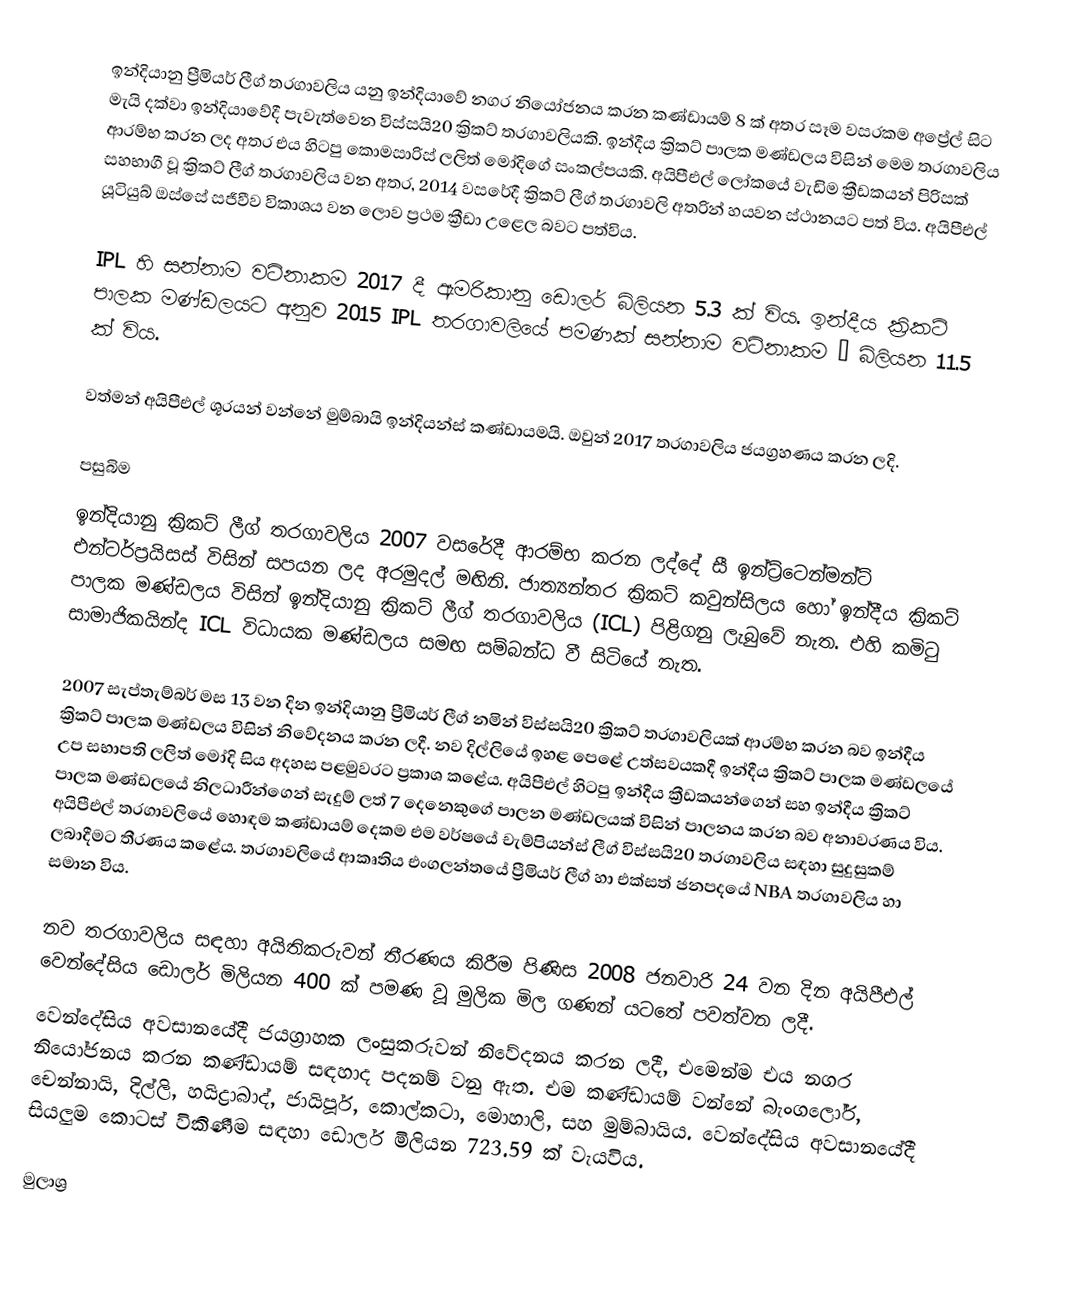
ඉන්දියානු ප්‍රීමියර් ලීග් තරගාවලිය යනු ඉන්දියාවේ නගර නියෝජනය කරන කණ්ඩායම් 8 ක් අතර සෑම වසරකම අප්‍රේල් සිට මැයි දක්වා ඉන්දියාවේදී පැවැත්වෙන විස්සයි20 ක්‍රිකට් තරගාවලියකි. ඉන්දීය ක්‍රිකට් පාලක මණ්ඩලය විසින් මෙම තරගාවලිය ආරම්භ කරන ලද අතර එය හිටපු කොමසාරිස් ලලිත් මෝදිගේ සංකල්පයකි. අයිපීඑල් ලෝකයේ වැඩිම ක්‍රීඩකයන් පිරිසක් සහභාගී වූ ක්‍රිකට් ලීග් තරගාවලිය වන අතර, 2014 වසරේදී ක්‍රිකට් ලීග් තරගාවලි අතරින් හයවන ස්ථානයට පත් විය. අයිපීඑල් යූටියුබ් ඔස්සේ සජීවීව විකාශය වන ලොව ප්‍රථම ක්‍රීඩා උළෙල බවට පත්විය.

IPL හි සන්නාම වටිනාකම 2017 දී ඇමරිකානු ඩොලර් බිලියන 5.3 ක් විය. ඉන්දීය ක්‍රිකට් පාලක මණ්ඩලයට අනුව 2015 IPL තරගාවලියේ පමණක් සන්නාම වටිනාකම ₹ බිලියන 11.5 ක් විය.

වත්මන් අයිපීඑල් ශූරයන් වන්නේ මුම්බායි ඉන්දියන්ස් කණ්ඩායමයි. ඔවුන් 2017 තරගාවලිය ජයග්‍රහණය කරන ලදි.

පසුබිම
ඉන්දියානු ක්‍රිකට් ලීග් තරගාවලිය 2007 වසරේදී ආරම්භ කරන ලද්දේ සී ඉන්ට්‍ර්ටෙන්මන්ට් එන්ටර්ප්‍රයිසස් විසින් සපයන ලද අරමුදල් මඟිනි. ජාත්‍යන්තර ක්‍රිකට් කවුන්සිලය හෝ ඉන්දීය ක්‍රිකට් පාලක මණ්ඩලය විසින් ඉන්දියානු ක්‍රිකට් ලීග් තරගාවලිය (ICL) පිළිගනු ලැබුවේ නැත. එහි කමිටු සාමාජිකයින්ද ICL විධායක මණ්ඩලය සමඟ සම්බන්ධ වී සිටියේ නැත.

2007 සැප්තැම්බර් මස 13 වන දින ඉන්දියානු ප්‍රීමියර් ලීග් නමින් විස්සයි20 ක්‍රිකට් තරගාවලියක් ආරම්භ කරන බව ඉන්දීය ක්‍රිකට් පාලක මණ්ඩලය විසින් නිවේදනය කරන ලදී. නව දිල්ලියේ ඉහළ පෙළේ උත්සවයකදී ඉන්දීය ක්‍රිකට් පාලක මණ්ඩලයේ උප සභාපති ලලිත් මෝදි සිය අදහස පළමුවරට ප්‍රකාශ කළේය. අයිපීඑල් හිටපු ඉන්දීය ක්‍රීඩකයන්ගෙන් සහ ඉන්දීය ක්‍රිකට් පාලක මණ්ඩලයේ නිලධාරීන්ගෙන් සැදුම් ලත් 7 දෙනෙකුගේ පාලන මණ්ඩලයක් විසින් පාලනය කරන බව අනාවරණය විය. අයිපීඑල් තරගාවලියේ හොඳම කණ්ඩායම් දෙකම එම වර්ෂයේ චැම්පියන්ස් ලීග් විස්සයි20 තරගාවලිය සඳහා සුදුසුකම් ලබාදීමට තීරණය කළේය. තරගාවලියේ ආකෘතිය එංගලන්තයේ ප්‍රීමියර් ලීග් හා එක්සත් ජනපදයේ NBA තරගාවලිය හා සමාන විය.

නව තරගාවලිය සඳහා අයිතිකරුවන් තීරණය කිරීම පිණිස 2008 ජනවාරි 24 වන දින අයිපීඑල් වෙන්දේසිය ඩොලර් මිලියන 400 ක් පමණ වූ මුලික මිල ගණන් යටතේ පවත්වන ලදී.
වෙන්දේසිය අවසානයේදී ජයග්‍රාහක ලංසුකරුවන් නිවේදනය කරන ලදී, එමෙන්ම එය නගර නියෝජනය කරන කණ්ඩායම් සඳහාද පදනම් වනු ඇත. එම කණ්ඩායම් වන්නේ බැංගලෝර්, චෙන්නායි, දිල්ලි, හයිද්‍රාබාද්, ජායිපූර්, කොල්කටා, මොහාලි, සහ මුම්බායිය. වෙන්දේසිය අවසානයේදී සියලුම කොටස් විකිණීම සඳහා ඩොලර් මිලියන 723.59 ක් වැයවිය.

මුලාශ්‍ර